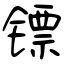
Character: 镖